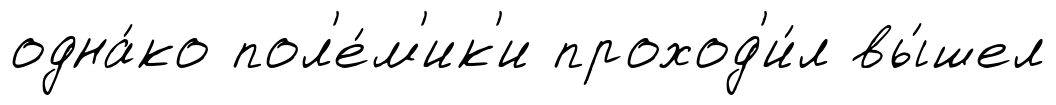
одна́ко пол'е́м'ик'и проход'и́л вы́шел